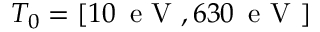
T _ { 0 } = [ 1 0 \, \mathrm { ~ e ~ V ~ } , 6 3 0 \, \mathrm { ~ e ~ V ~ } ]